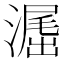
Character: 𣽶